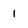
Character: 1